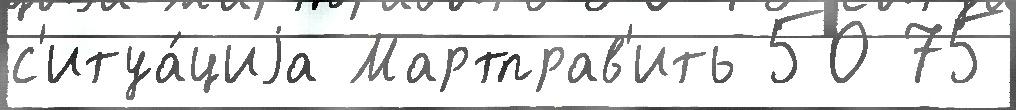
с'итуа́циjа Мартправ'ить 50 75